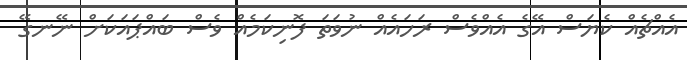
އެއްޗެއް ކެޔަސް އޭގެ އެއްވެސް ރަހައެއް ނުވަތަ ފޮނިކަމެއް ވެސް ބައްޕައަކަށް ނޭނގޭ